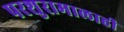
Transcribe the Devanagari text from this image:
परशुरामालाही